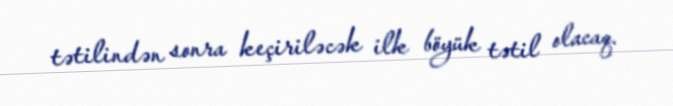
tətilindən sonra keçiriləcək ilk böyük tətil olacaq.